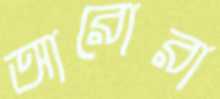
আরোরা